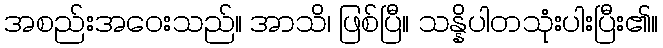
အစည်းအဝေးသည်။ အာသိ၊ ဖြစ်ပြီ။ သန္နိပါတသုံးပါးပြီး၏။